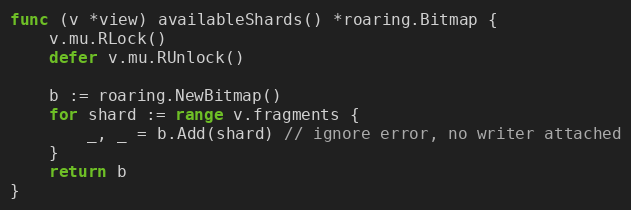
Language: Go
func (v *view) availableShards() *roaring.Bitmap {
	v.mu.RLock()
	defer v.mu.RUnlock()

	b := roaring.NewBitmap()
	for shard := range v.fragments {
		_, _ = b.Add(shard) // ignore error, no writer attached
	}
	return b
}